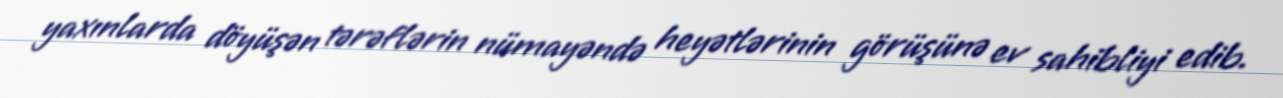
yaxınlarda döyüşən tərəflərin nümayəndə heyətlərinin görüşünə ev sahibliyi edib.